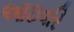
આઇવરિ